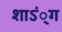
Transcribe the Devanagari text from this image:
शाऽं्ग